Report of the Indian Hemp Drugs Commission, 1894-1895 - Volume II
Year: 1894
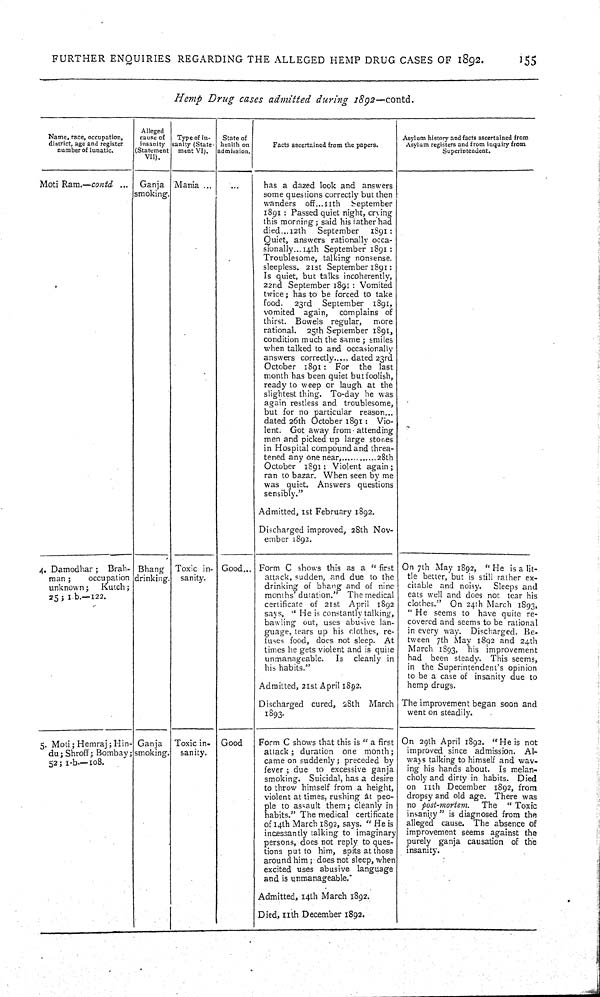
FURTHER ENQUIRIES
REGARDING THE ALLEGED HEMP DRUG CASES OF 1892.
155
Hemp
Drug
cases
admitted
during
1892—contd.
Name, race, occupation,
district, age and register
number of lunatic.
Alleged
cause of
insanity
(Statement
VII).
Type of In-
sanity (State-
ment VI).
State of
health on
admission.
Facts ascertained from the papers.
Asylum history and facts ascertained from
Asylum registers and from inquiry from
Superintendent.
Moti Ram.—contd
Ganja
smoking.
Mania
has a dazed look and answers
some questions correctly but then
wanders
off...11th
September
1891: Passed quiet night, crying
this morning; said his father had
died... 12th
September
1891:
Quiet, answers rationally occa-
sionally... 14th September 1891:
Troublesome, talking nonsense.
sleepless. 21st September 1891:
Is quiet, but talks incoherently,
22nd September 1891: Vomited
twice; has to be forced to take
food.
23rd
September
1891,
vomited again,
complains of
thirst. Bowels regular,
more
rational.
25th September 1891,
condition much the same; smiles
when talked to and occasionally
answers correctly..... dated 23rd
October
1891: For
the last
month has been quiet but foolish,
ready to weep or laugh at the
slightest thing. To-day he was
again restless and troublesome,
but for no particular reason...
dated 26th October 1891: Vio-
lent. Got away from attending
men and picked up large stones
in Hospital compound and threa-
tened any one near,............28th
October
1891: Violent again;
ran to bazar. When seen by me
was quiet. Answers questions
sensibly."
Admitted, 1st February 1892.
Discharged improved, 28th Nov-
ember 1892.
4. Damodhar;
Brah-
man;
occupation
unknown;
Kutch;
25; 1.b.—122.
Bhang
drinking.
Toxic in-
sanity.
Good
Form C shows this as a "first
attack, sudden, and due to the
drinking of bhang and of nine
months' duration." The medical
certificate of 21st April 1892
says, "He is constantly talking,
bawling out, uses abusive lan-
guage, tears up his clothes, re-
fuses food, does not sleep.
At
times he gets violent and is quite
unmanageable.
Is
cleanly in
his habits."
Admitted, 21st April 1892.
Discharged cured, 28th
March
1893.
On 7th May 1892, "He is a lit-
tle better, but is still rather ex-
citable and noisy.
Sleeps and
eats well and does not tear his
clothes." On 24th March 1893,
"He seems to have quite re-
covered and seems to be rational
in every way. Discharged. Be-
tween 7th May 1892 and 24th
March 1893,
his
improvement
had been steady. This seems,
in the Superintendent's opinion
to be a case of insanity due to
hemp drugs.
The improvement began soon and
went on steadily.
5. Moti; Hemraj; Hin-
du; Shroff; Bombay;
52; 1-b.—108.
Ganja
smoking.
Toxic in-
sanity.
Good
Form C shows that this is "a first
attack; duration
one month;
came on suddenly; preceded by
fever; due to excessive ganja
smoking. Suicidal, has a desire
to throw himself from a height,
violent at times, rushing at peo-
ple to assault them; cleanly in
habits." The medical certificate
of 14th March 1892, says. "He is
incessantly talking to imaginary
persons, does not reply to ques-
tions put to him, spits at those
around him; does not sleep, when
excited uses abusive language
and is unmanageable.
Admitted, 14th March 1892.
Died, 11th December 1892.
On 29th April 1892. "He is not
improved since admission.
Al-
ways talking to himself and wav-
ing his hands about. Is melan-
choly and dirty in habits.
Died
on 11th December 1892, from
dropsy and old age. There was
no post-mortem.
The
"Toxic
insanity" is diagnosed from the
alleged cause. The absence of
improvement seems against the
purely ganja causation of the
insanity.